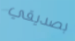
بصديقي